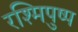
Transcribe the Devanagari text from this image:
रश्मिपुष्प